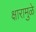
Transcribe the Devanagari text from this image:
क्षारामुळे